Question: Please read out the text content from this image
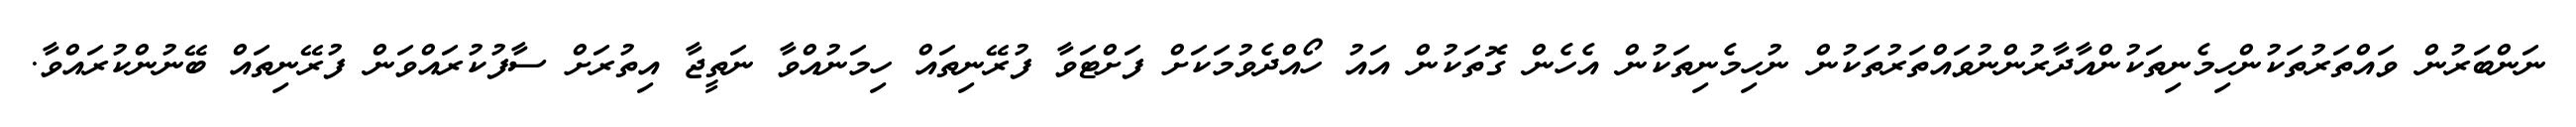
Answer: ނަންބަރުން ވައްތަރުތަކުންހިމެނިތަކުންއާދާރުންނުވައްތަރުތަކުން ނުހިމެނިތަކުން އެހެން ގޮތަކުން އައު ހޯއްދެވުމަކަށް ފަށްޓަވާ ފުރޭނިތައް ހިމަނުއްވާ ނަތީޖާ އިތުރަށް ސާފުކުރައްވަން ފުރޭނިތައް ބޭނުންކުރައްވާ.